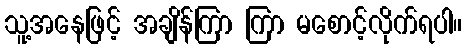
သူ့အနေဖြင့် အချိန်ကြာ ကြာ မစောင့်လိုက်ရပါ။